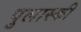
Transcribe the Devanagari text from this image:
पुलास्की